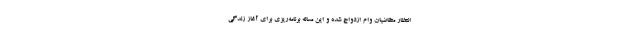
انتظار متقاضیان وام ازدواج شده و این مساله برنامه‌ریزی برای آغاز زندگی